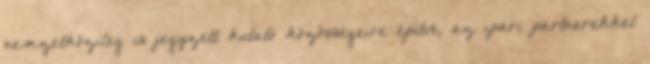
nemzetközileg is jegyzett kutató közösségeire építve, az ipari partnerekkel